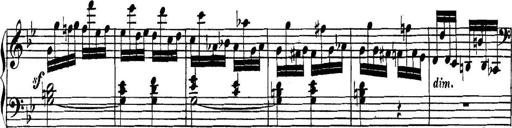
Title: Collected Piano Sonatas
Composer: Muzio Clementi